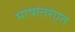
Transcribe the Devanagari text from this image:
भाषांतरेएत